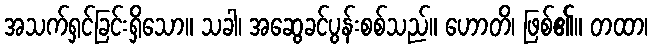
အသက်ရှင်ခြင်းရှိသော။ သခါ၊ အဆွေခင်ပွန်းစစ်သည်။ ဟောတိ၊ ဖြစ်၏။ တထာ၊